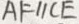
A F / / C E